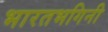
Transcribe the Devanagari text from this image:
भारतभगिनी